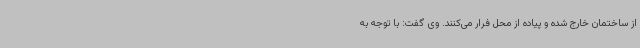
از ساختمان خارج شده و پیاده از محل فرار می‌کنند. وی گفت: با توجه به